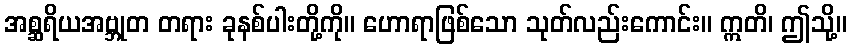
အစ္ဆရိယအဗ္ဘုတ တရား ခုနစ်ပါးတို့ကို။ ဟောရာဖြစ်သော သုတ်လည်းကောင်း။ ဣတိ၊ ဤသို့။